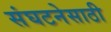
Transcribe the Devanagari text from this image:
संघटनेसाठी